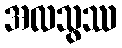
အလသွဿ